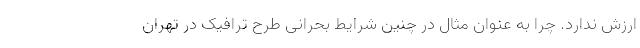
ارزش ندارد. چرا به عنوان مثال در چنین شرایط بحرانی طرح ترافیک در تهران